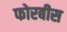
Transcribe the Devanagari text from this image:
फोरबीस